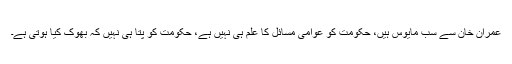
عمران خان سے سب مایوس ہیں، حکومت کو عوامی مسائل کا علم ہی نہیں ہے، حکومت کو پتا ہی نہیں کہ بھوک کیا ہوتی ہے۔